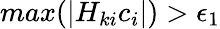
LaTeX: max(|H_{ki}c_{i}|)>\epsilon_{1}